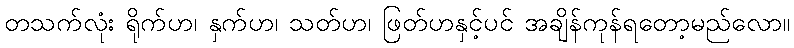
တသက်လုံး ရိုက်ဟ၊ နှက်ဟ၊ သတ်ဟ၊ ဖြတ်ဟနှင့်ပင် အချိန်ကုန်ရတော့မည်လော။